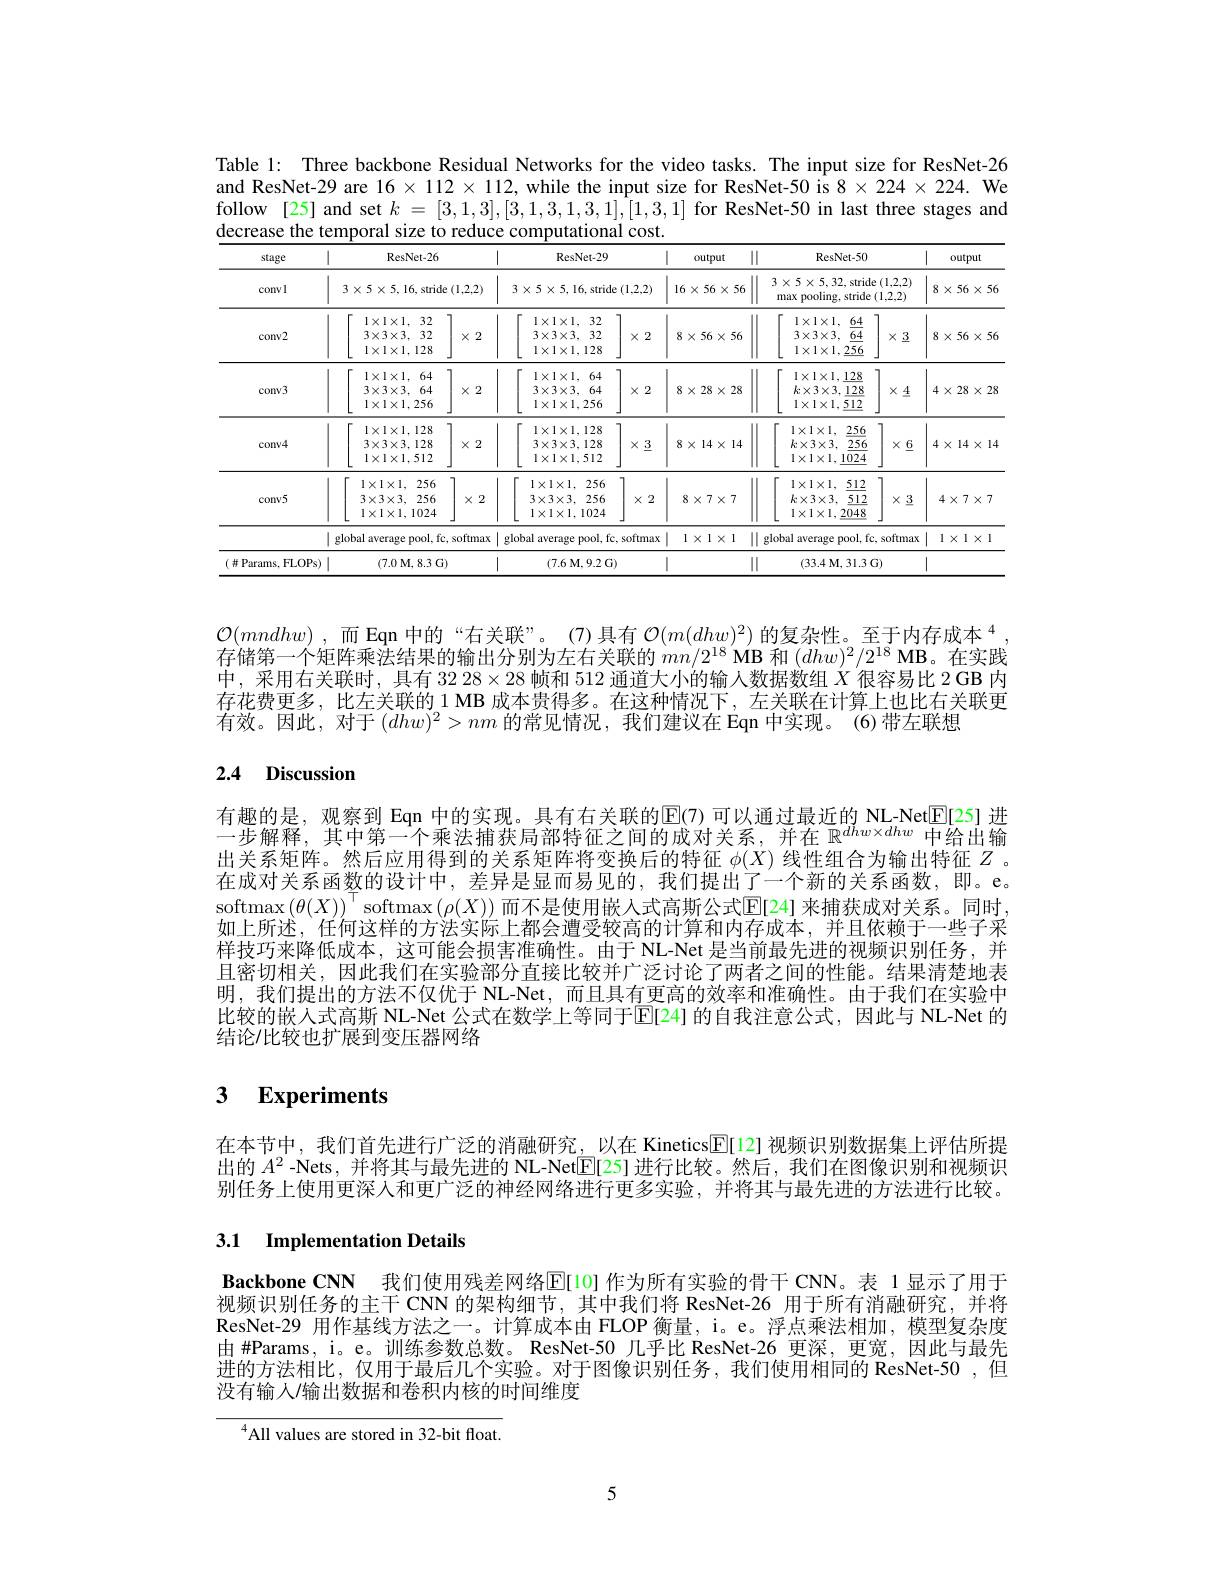
Table 1: Three backbone Resi and ResNet-29 are $16\times112\times11$ follow [25] and set $k=[3,1$, decrease the temporal size t

<table>
	<tbody>
		<tr>
			<th>stage</th>
			<th>ResNet- 26</th>
			<th>26</th>
			<th>|</th>
			<th colspan="2">ResNet- 29</th>
			<th>| $0u$</th>
			<th>|| output</th>
			<th>ResNet-50</th>
			<th> </th>
			<th>output</th>
		</tr>
		<tr>
			<td>convl</td>
			<td>$3\times5\times5,16$,strid</td>
			<td>ride (1,2,2)</td>
			<td> </td>
			<td>$3\times5\times5,16.$stride</td>
			<td>e(1,2,2)</td>
			<td>T $16\times$ 1</td>
			<td>$6\times56\times56$</td>
			<td>$3\times5\times5,32$,strie pooling, stride max</td>
			<td>$\operatorname{le}\left(1,2,2\right)$ ${\mathrm{e}}\left(1,2,2\right)$</td>
			<td>$8\times56\times56$</td>
		</tr>
		<tr>
			<td>conv2</td>
			<td>$1\times1\times1,32$ $3\times3\times3.32$ $1\times1\times1.128$</td>
			<td>7 $\times2$ 3</td>
			<td> </td>
			<td>$1\times1\times1,32$ $3\times3\times3,32$ $1\times1\times1,128$</td>
			<td>7 $\times2$ 1</td>
			<td>$8\times5$</td>
			<td>$3\times56\times56$</td>
			<td>$1\times1\times1$, 64 $3\times3\times3$, 64 $1\times1\times1,256$</td>
			<td>7 $\times\underline{3}$</td>
			<td>$8\times56\times56$</td>
		</tr>
		<tr>
			<td>conv3</td>
			<td>$1\times1\times1.64$ $3\times3\times3.64$ $1\times1\times1.256$</td>
			<td>7 $\times2$</td>
			<td> </td>
			<td>$1\times1\times1,64$ $3\times3\times3,64$ $1\times1\times1,256$</td>
			<td>7 $\times2$ 112</td>
			<td>$8\times2$</td>
			<td>$3\times28\times28$</td>
			<td>$1\times1\times1,128$ $k\times3\times3.128$ $1\times1\times1,512$</td>
			<td>7 $\times\pm$</td>
			<td>$4\times28\times28$</td>
		</tr>
		<tr>
			<td>conv4</td>
			<td>$1\times1\times1.128$ $3\times3\times3.128$ $1\times1\times1.512$</td>
			<td>7 3 $\times2$ 3 2</td>
			<td> </td>
			<td>$1\times1\times1,128$ $3\times3\times3,128$ $1\times1\times1,512$</td>
			<td>7 $\times\underline{3}$</td>
			<td>$8\times1.$</td>
			<td>$3\times14\times14$</td>
			<td>$1\times1\times1$, 256 $k\times3\times3.$ 256 $1\times1\times1,1024$</td>
			<td>7 $\times\underline{6}$ 1</td>
			<td>$4\times14\times14$</td>
		</tr>
		<tr>
			<td>conv5</td>
			<td>$1\times1\times1$, 256 $3\times3\times3,2$ 256 $1\times1\times1,1024$</td>
			<td>6 7 6 $\times2$ 4</td>
			<td>2</td>
			<td>$1\times1\times1,256$ $3\times3\times3.256$ $1\times1\times1.1024$</td>
			<td>7 $\times2$ J</td>
			<td>$8\times$</td>
			<td>$8\times7\times7$</td>
			<td>$1\times1\times1,\underline{512}$ $k\times3\times3,\underline{512}$ $1\times1\times1,2048$</td>
			<td>7 $\times\underline{3}$ 1</td>
			<td>$4\times7\times7$</td>
		</tr>
		<tr>
			<td> </td>
			<td>global average pool, fo</td>
			<td>fc, softmax</td>
			<td>1 $ax$ $g$ </td>
			<td>global average pool, fc</td>
			<td>softmax</td>
			<td>I 1 $X$</td>
			<td>|| $1\times1\times1$</td>
			<td>lobal average pool,</td>
			<td>$\dot{c}$, softmax</td>
			<td>$1\times1\times1$ 1</td>
		</tr>
		<tr>
			<td>( 并 Params. FLOPs</td>
			<td colspan="2">rams. FLOPs) | (7.0 $\mathbf{M} $, 8.3 $\mathbf{G} )$</td>
			<td>1</td>
			<td>(7.6 $\mathbf{M} , 9. 2$ $\mathbf{G}$</td>
			<td> </td>
			<td>1</td>
			<td>$\|$</td>
			<td>(33.4 M, 31. 3</td>
			<td>$G)$</td>
			<td> </td>
		</tr>
	</tbody>
</table>

$\mathcal{O} ( mndhw)$ ,而 Eqn 中的“右关联” 存储第一个矩阵乘法结果的输出分别为左右关联的$mn/2^{18}$MB 和$(dhw)^2/2^{18}$MB。在实践中，采用右关联时，具有$3228\times28$帧和51存花费更多，比左关联的 1 MB 成本贵得多。在这种情况有效。因此，对于$(dhw)^2>nm$的常见情况

# 2.4 Discussion

有趣的是，观察到 Eqn 中的实现。具有右关联的E(7) 一步解释，其中第一个乘法捕获局部特征之间的成对关系，并在出关系矩阵。然后应用得到的关系矩阵将变换后的特征$\phi($ 在成对关系函数的设计中，差异是显而易见的，我们提出了一个softmax$\left(\theta(X)\right)^\top$softmax$\left$ 如上所述，任何这样的方法实际上都会遭受较高的计算和内存成样技巧来降低成本，这可能会损害准确性。由于 NL-Net 且密切相关，因此我们在实验部分直接比较并广泛讨论了两者之明，我们提出的方法不仅优于 NL-Net, 而且具有更高比较的嵌入式高斯 NL-Net 公式在数学上等同于$\mathbb{}$ 结论/比较也扩展到变压器网络

## 3 $\textbf{Experiments}$

在本节中，我们首先进行广泛的消融研究，以在 Kinetics$\overline{\mathbb{E}}[12]$视频识别数据集上评估所提出的$A^2$ -Nets, 并将其与最先进的 NL别任务上使用更深人和更广泛的神经网络进行更多实验，并将其

### 3.1 Implementation Details

Backbone CNN 我们使用残差网络$\mathbb{E}[1$ 视频识别任务的主干 CNN 的架构细节，其中我们将 Re ResNet-29 用作基线方法之一。计算成本由 FLO 由#Params, i。e。训练参数总数。ResNet 进的方法相比，仅用于最后几个实验。对于图像识别任务，我们没有输人/输出数据和卷积内核的时间维度

$^{4}$All values are stored

5